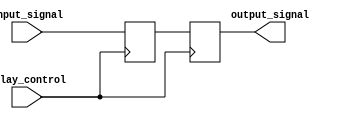
module timing_control_and_synchronization (
    input wire input_signal,
    input wire delay_control,
    output reg output_signal
);

reg delayed_input;

always @(posedge delay_control) begin
    delayed_input <= input_signal;
end

always @(posedge delay_control) begin
    #10; // introduce a 10 unit delay
    output_signal <= delayed_input;
end

endmodule